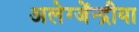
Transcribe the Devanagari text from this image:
अलेग्जेंन्द्रीया